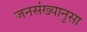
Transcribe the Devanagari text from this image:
जनसंख्यानुसा